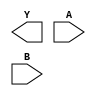
// Name: logic_32_bit.v
// Module: 
// Input: 
// Output: 
//
// Notes: Common definitions
// 
//
// Revision History:
//
// Version	Date		Who		email			note
//------------------------------------------------------------------------------------------
//  1.0     Sep 02, 2014	Kaushik Patra	kpatra@sjsu.edu		Initial creation
//------------------------------------------------------------------------------------------
//

// 32-bit NOR
module NOR32_2x1(Y,A,B);
//output 
output [31:0] Y;
//input
input [31:0] A;
input [31:0] B;

// TBD

endmodule

// 32-bit AND
module AND32_2x1(Y,A,B);
//output 
output [31:0] Y;
//input
input [31:0] A;
input [31:0] B;

// TBD

endmodule

// 32-bit inverter
module INV32_1x1(Y,A);
//output 
output [31:0] Y;
//input
input [31:0] A;

// TBD

endmodule

// 32-bit OR
module OR32_2x1(Y,A,B);
//output 
output [31:0] Y;
//input
input [31:0] A;
input [31:0] B;

// TBD

endmodule